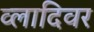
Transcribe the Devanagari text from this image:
व्लादिवर